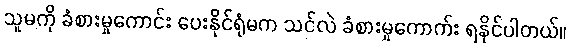
သူမကို ခံစားမှုကောင်း ပေးနိုင်ရုံမက သင်လဲ ခံစားမှုကောက်း ရနိုင်ပါတယ်။